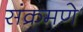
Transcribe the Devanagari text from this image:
संक्रमणे